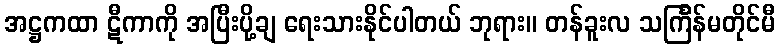
အဋ္ဌကထာ ဋီကာကို အပြီးပို့ချ ရေးသားနိုင်ပါတယ် ဘုရား။ တန်ခူးလ သင်္ကြန်မတိုင်မီ